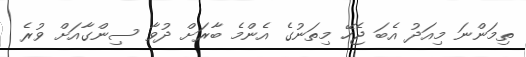
ތިމަންނަ މިއަދު އެބަ ޖެހޭ މިތަނުގެ އެންމެ ބާރަށް ދުވާ ސިންގާއަށް ވުރެ